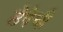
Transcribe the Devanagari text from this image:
ठेपेची